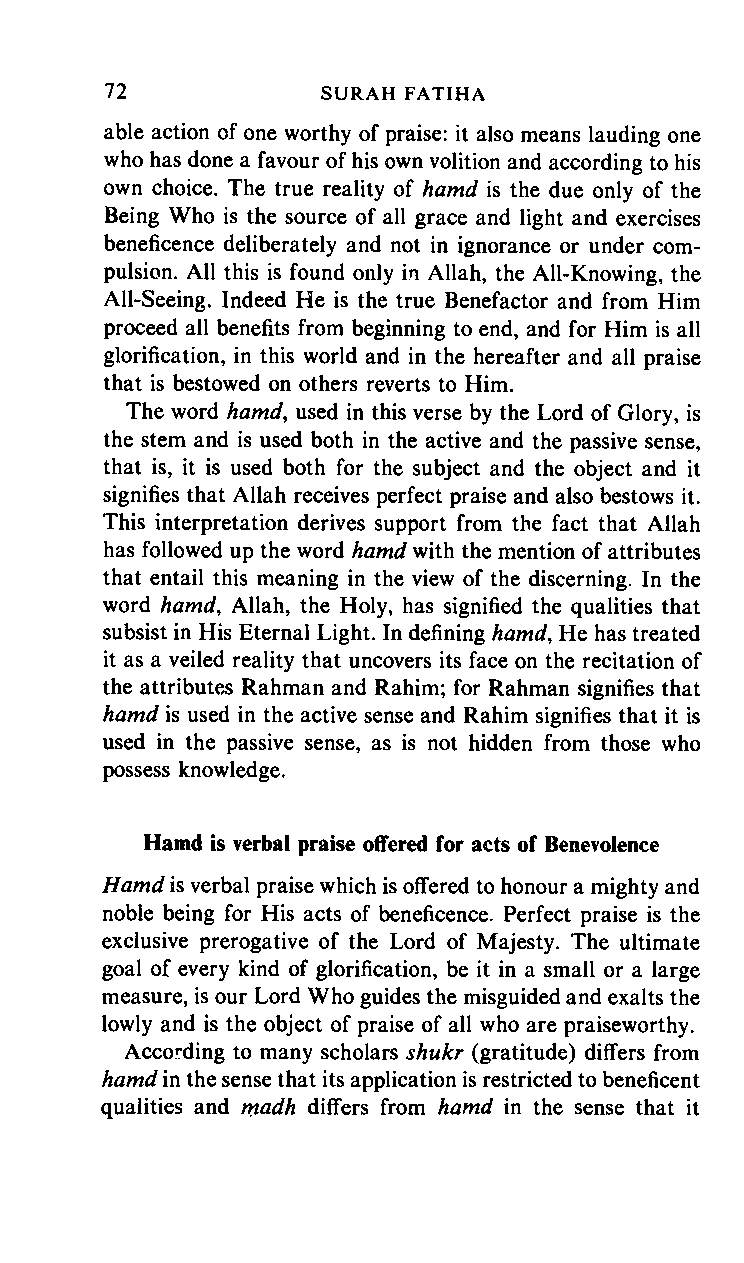
72     SURAH      FATIHA
 able action of one worthy of praise: it also means lauding one
 who has done a favour of his own volition and according to his
 own choice. The true reality of hamd is the due only of the
 Being Who is the source of all grace and light and exercises
 beneficence deliberately and not in ignorance or under com
 pulsion. All this is found only in Allah, the All-Knowing, the
 All-Seeing. Indeed He is the true Benefactor and from Him
 proceed all benefits from beginning to end, and for Him is all
 glorification, in this world and in the hereafter and all praise
 that is bestowed on others reverts to Him.
 The word hamd, used in this verse by the Lord of Glory, is
 the stem and is used both in the active and the passive sense,
 that is, it is used both for the subject and the object and it
 signifies that Allah receives perfect praise and also bestows it.
 This interpretation derives support from the fact that Allah
 has followed up the word hamd with the mention of attributes
 that entail this meaning in the view of the discerning. In the
 word hamd, Allah, the Holy, has signified the qualities that
 subsist in His Eternal Light. In defining hamd, He has treated
 it as a veiled reality that uncovers its face on the recitation of
 the attributes Rahman and Rahim; for Rahman signifies that
 hamd is used in the active sense and Rahim signifies that it is
 used in the passive sense, as is not hidden from those who
 possess knowledge.
 Hamd is verbal praise offered for acts of Benevolence
 Hamd is verbal praise which is offered to honour a mighty and
 noble being for His acts of beneficence. Perfect praise is the
 exclusive prerogative of the Lord of Majesty. The ultimate
 goal of every kind of glorification, be it in a small or a large
 measure, is our Lord Who guides the misguided and exalts the
 lowly and is the object of praise of all who are praiseworthy.
 According to many scholars shukr (gratitude) differs from
 hamd in the sense that its application is restricted to beneficent
 qualities and madh differs from hamd in the sense that it